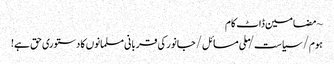
~ مضامین ڈاٹ کام
ہوم/سیاست/ملی مسائل/جانور کی قربانی مسلمانوں کا دستوری حق ہے!